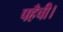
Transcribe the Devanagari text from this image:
पहँची।